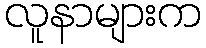
လူနာများက